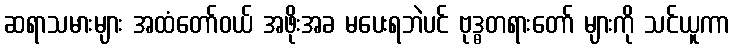
ဆရာသမားများ အထံတော်ဝယ် အဖိုးအခ မပေးရဘဲပင် ဗုဒ္ဓတရားတော် များကို သင်ယူကာ